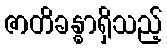
ဇာတိခန္ဓာရှိသည့်